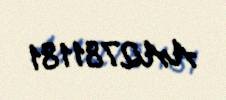
AA2781181